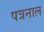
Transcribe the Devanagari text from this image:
पत्रनाल